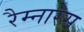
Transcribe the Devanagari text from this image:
रैम्नारेस